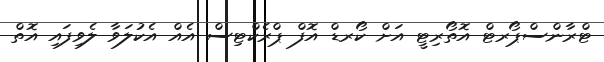
ޓްރާންސްޕޯރޓް އޮތޯރިޓީ އަށް ކޯރޑް އޮފް ޕްރެކްޓިސް އެެއް އެކުލަވާ ލެވިފައި އޮތް